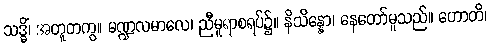
သဒ္ဓိံ၊ အတူတကွ။ မဏ္ဍလမာလေ၊ ညီမူရာစရပ်၌။ နိသိန္နော၊ နေတော်မူသည်။ ဟောတိ၊